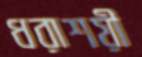
ধরাশয়ী